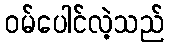
ဝမ်ပေါင်လဲ့သည်